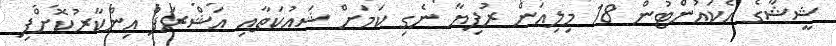
ޝީޝާގެ އެކައުންޓުން 18 މިލިއަން ރުފިޔާ ނެގި ކަމަށް ޝައުކަތާއި އަޝްރަފް އިންކާރުކޮށްފި